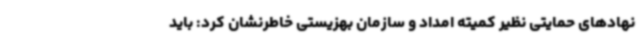
نهادهای حمایتی نظیر کمیته امداد و سازمان بهزیستی خاطرنشان کرد: باید